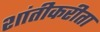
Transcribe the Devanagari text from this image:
शांतीकरीता